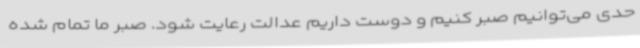
حدی می‌توانیم صبر کنیم و دوست داریم عدالت رعایت شود. صبر ما تمام شده